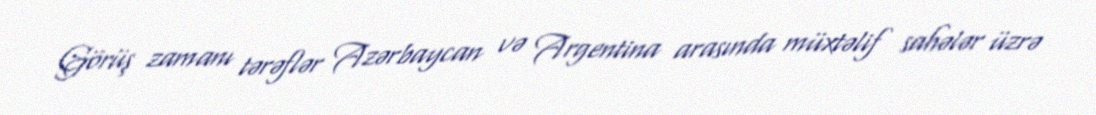
Görüş zamanı tərəflər Azərbaycan və Argentina arasında müxtəlif sahələr üzrə